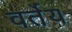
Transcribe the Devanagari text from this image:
वर्तेय